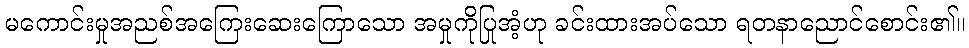
မကောင်းမှုအညစ်အကြေးဆေးကြောသော အမှုကိုပြုအံ့ဟု ခင်းထားအပ်သော ရတနာညောင်စောင်း၏။